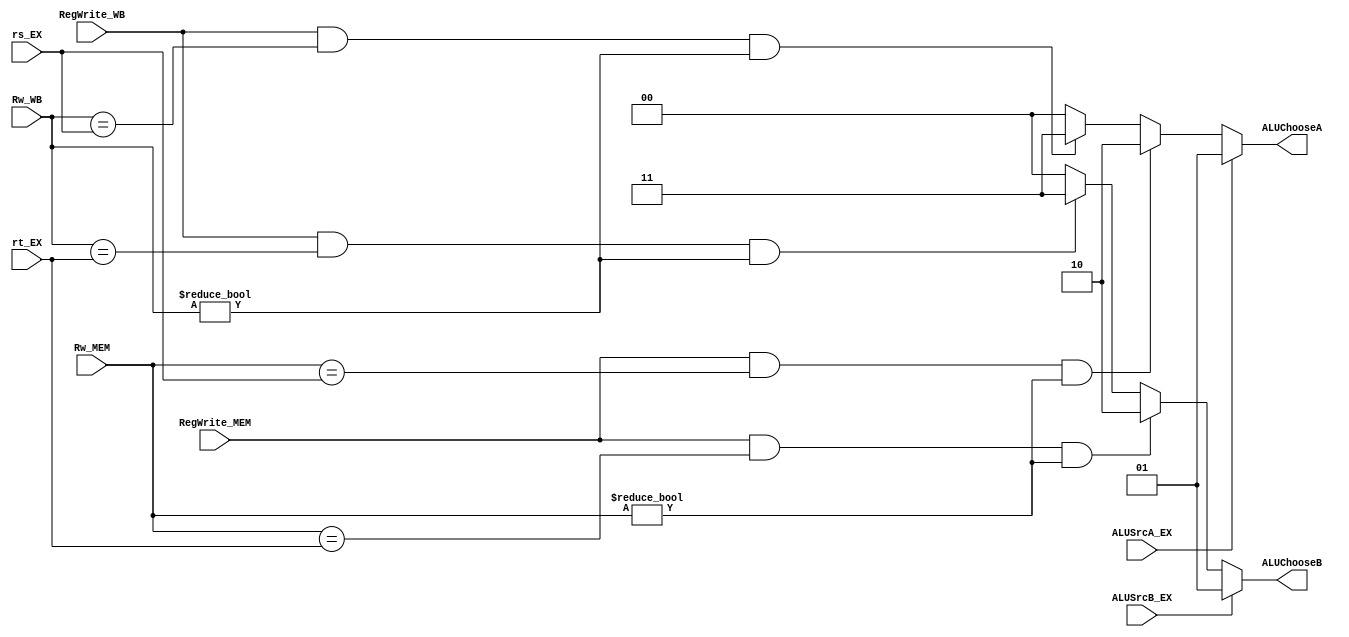
`timescale 1ns / 1ps
module ALUForwarding(
    input wire [4:0] rs_EX,
    input wire [4:0] rt_EX,
    input wire [4:0] Rw_MEM,
    input wire [4:0] Rw_WB,
    input wire RegWrite_MEM,
    input wire RegWrite_WB,
    input wire ALUSrcA_EX,
    input wire ALUSrcB_EX,
    output wire [1:0] ALUChooseA,       // A: 0-dataA  1-Shamt  2-WriteData_MEM  3-WriteData_WB 
    output wire [1:0] ALUChooseB        // B: 0-dataB  1-Imm    2-WriteData_MEM  3-WriteData_WB
);

    assign ALUChooseA = ALUSrcA_EX == 1 ? 1 :
                        (RegWrite_MEM && (Rw_MEM == rs_EX) && (Rw_MEM != 0)) ? 2 :   // MEM
                        (RegWrite_WB && (Rw_WB == rs_EX) && (Rw_WB != 0)) ? 3 : 0;
    assign ALUChooseB = ALUSrcB_EX == 1 ? 1 : 
                        (RegWrite_MEM && (Rw_MEM == rt_EX) && (Rw_MEM != 0)) ? 2 :   // MEM
                        (RegWrite_WB && (Rw_WB == rt_EX) && (Rw_WB != 0)) ? 3 : 0;

endmodule